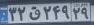
۳۲ق۲۴۹۲۹